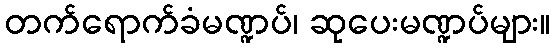
တက်ရောက်ခံမဏ္ဍပ်၊ ဆုပေးမဏ္ဍပ်များ။